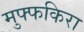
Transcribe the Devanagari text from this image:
मुफ्फकिरा